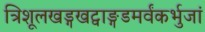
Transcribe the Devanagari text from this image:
त्रिशूलखड्गखट्वाङ्गडमर्वंकर्भुजां